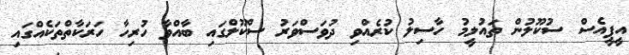
އީޕީއެސް ސުކޫލުން ތައުލީމު ހާސިލު ކުރެއްވި ދުވަސްވަރު ސްކޫލްގައި ބާއްވާ ހުރިހާ ހަރަކާތްތަކެއްގައި